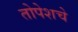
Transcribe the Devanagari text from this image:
तोपेशचे